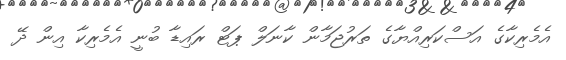
އެމެރިކާގެ އަސްކަރިއްޔާގެ ތަރުޖަމާން ކާނަލް ޕަޓް ރައިޑާ ބުނީ އެމެރިކާ އިން ދޭ